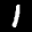
Label: 1